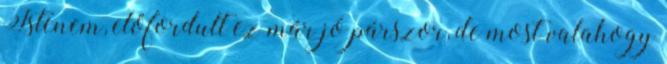
Istenem, előfordult ez már jó párszor, de most valahogy